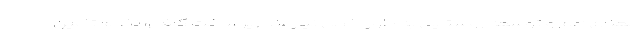
معنای اعم و توسعه روستایی به طور اخص نیازمند زیرساخت کافی، نظام تأمین